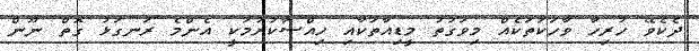
ދެކެވޭ ހުރިހާ ވާހަކަތަކެއް މިވަގުތު މީޑިއާތަކާއި ހިއްސާކުރުމަކީ އެންމެ ރަނގަޅު ގޮތް ނޫން